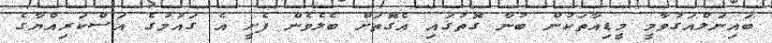
ބައިނަލްއަގުވާމީ މީޑިއާތަކުން ބުނާ ގޮތުގައި އެގޮތަށް ބެލެވެން ފެށީ އެ ގައުމުގެ އަސްކަރިއްޔާގެ